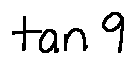
\tan 9